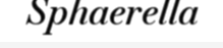
Sphaerella